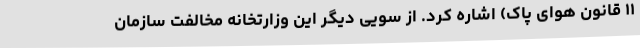
۱۱ قانون هوای پاک) اشاره کرد. از سویی دیگر این وزارتخانه مخالفت سازمان